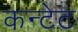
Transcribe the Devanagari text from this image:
कन्टेट